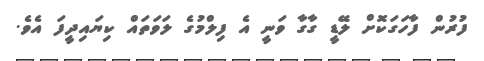
ފުރުން ފާހަގަކޮށް ލޭޑީ ގާގާ ވަނީ އެ ފިލްމުގެ ލަވަތައް ކިޔައިދީފަ އެވެ.